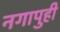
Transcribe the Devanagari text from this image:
नगापुही